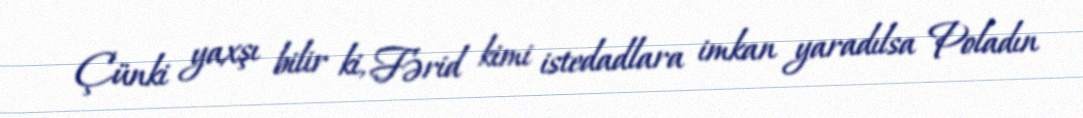
Çünki yaxşı bilir ki, Fərid kimi istedadlara imkan yaradılsa Poladın